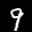
Label: 9